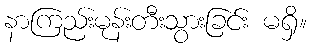
နာကြည်းမုန်းတီးသွားခြင်း မရှိ။